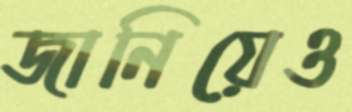
জানিয়েও